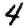
Digit: 4